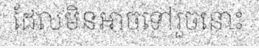
ដែលមិនអាចទៅរួចនោះ